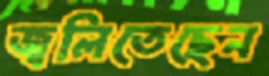
জ্বলিতেছেন